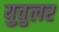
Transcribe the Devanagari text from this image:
युवुलर